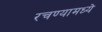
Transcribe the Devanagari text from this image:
रचण्यामध्ये